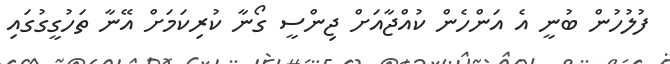
ފުލުހުން ބުނީ އެ އަންހެން ކުއްޖާއަށް ޖިންސީ ގޯނާ ކުރިކަމަށް އޭނާ ތަހުގީގުގައި